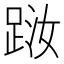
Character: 𨀾